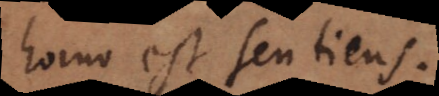
homo est sentiens.